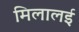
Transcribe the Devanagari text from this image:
मिलालई